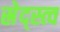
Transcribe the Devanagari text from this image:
स्रेद्स्त्व